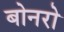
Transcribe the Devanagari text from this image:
बोनरो